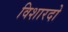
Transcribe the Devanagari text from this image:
विशारदो